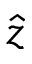
\hat { z }